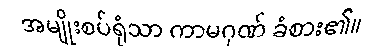
အမျိုးစပ်ရုံသာ ကာမဂုဏ် ခံစား၏။